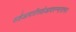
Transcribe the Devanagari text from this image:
सहेआदरीसहेआदरन्मारान।